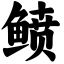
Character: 鲼